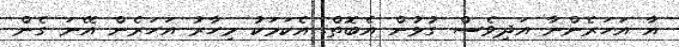
އާ އަހަރެންނާ އަދިވެސް ގުޅުން އެބޮތް. އެކަމަކު މިހާރު އަހަރެން އޭނަ ގެން